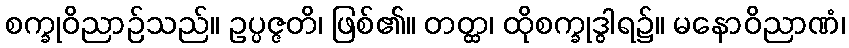
စက္ခုဝိညာဉ်သည်။ ဥပ္ပဇ္ဇတိ၊ ဖြစ်၏။ တတ္ထ၊ ထိုစက္ခုဒွါရ၌။ မနောဝိညာဏံ၊